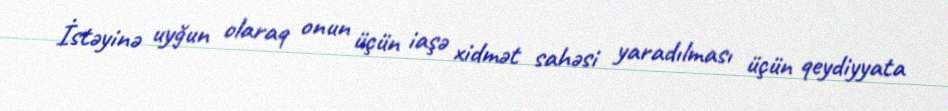
İstəyinə uyğun olaraq onun üçün iaşə xidmət sahəsi yaradılması üçün qeydiyyata